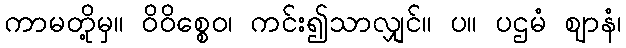
ကာမတို့မှ။ ဝိဝိစ္စေဝ၊ ကင်း၍သာလျှင်။ ပ။ ပဌမံ ဈာနံ၊